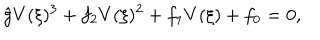
\hat { g } V ( \xi ) ^ { 3 } + f _ { 2 } V ( \xi ) ^ { 2 } + f _ { 1 } V ( \xi ) + f _ { 0 } = 0 ,